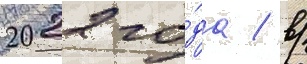
2022 го́да / в